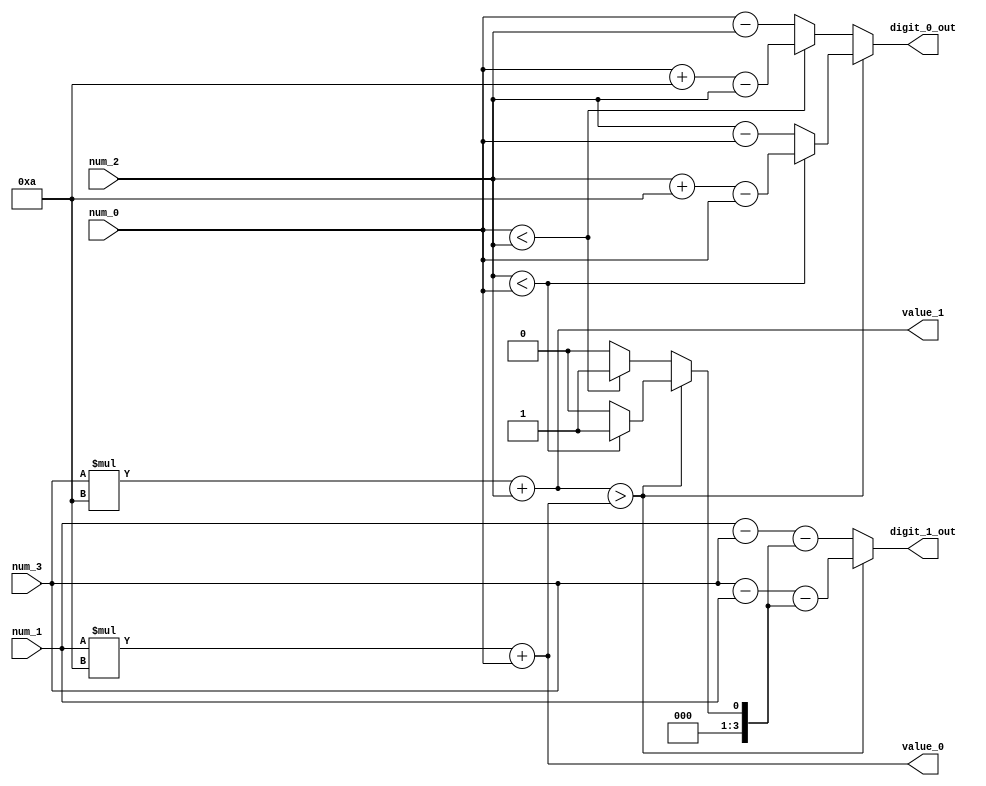
`timescale 1ns / 1ps
//////////////////////////////////////////////////////////////////////////////////
// Company: 
// Engineer: 
// 
// Design Name: 
// Module Name: dec_substractor
// Project Name: 
// Target Devices: 
// Tool Versions: 
// Description: 
// 
// Dependencies: 
// 
// Revision:
// Revision 0.01 - File Created
// Additional Comments:
// 
//////////////////////////////////////////////////////////////////////////////////


module dec_substractor(
    num_0, 
    num_1,
    num_2,
    num_3,
    digit_0_out,
    digit_1_out,
    value_0,
    value_1
    );

    output reg [3:0] digit_0_out, digit_1_out;
    output [6:0] value_0, value_1;
    input [3:0] num_0, num_1, num_2, num_3;
    
    reg [3:0] borrow;
   

    assign value_1 = num_3 * 7'd10 + num_2;
    assign value_0 = num_1 * 7'd10 + num_0;

    always@(*)
        if (value_1 > value_0)
            begin
            if (num_2 < num_0)
                begin
                borrow = 4'd1;
                digit_0_out = num_2 + 4'd10 - num_0;
                end
            else
                begin
                borrow = 4'd0;
                digit_0_out = num_2 - num_0;
                end
            end
        else
            begin
            if (num_0 < num_2)
                begin
                borrow = 4'd1;
                digit_0_out = num_0 + 4'd10 - num_2;
                end
            else
                begin
                borrow = 4'd0;
                digit_0_out = num_0 - num_2;
                end
            end

    always @*
        if (value_1 > value_0)
            digit_1_out = num_3 - num_1 - borrow;
        else
            digit_1_out = num_1 - num_3 - borrow;
   
endmodule